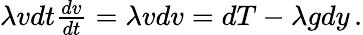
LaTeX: \begin{array}{r}{\lambda vdt\frac{dv}{dt}=\lambda vdv=dT-\lambda gdy\, .}\end{array}